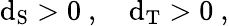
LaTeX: \mathrm{d}_{\mathrm{{S}}}>0\ ,\quad\mathrm{d}_{\mathrm{{T}}}>0\ ,